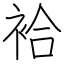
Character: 袷